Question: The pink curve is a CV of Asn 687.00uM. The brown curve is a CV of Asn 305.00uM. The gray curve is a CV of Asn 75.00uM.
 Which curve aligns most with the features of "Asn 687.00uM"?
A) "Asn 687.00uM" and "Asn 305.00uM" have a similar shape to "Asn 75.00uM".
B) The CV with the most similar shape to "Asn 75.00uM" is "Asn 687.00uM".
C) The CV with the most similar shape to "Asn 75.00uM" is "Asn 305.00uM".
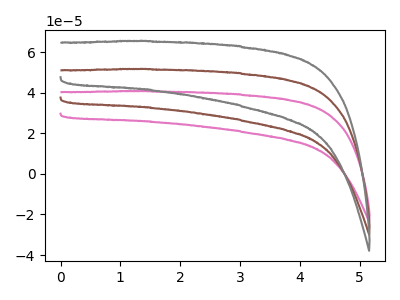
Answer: <think>The pink curve "Asn 687.00uM" has no peaks. The brown curve "Asn 305.00uM" has no peaks. The gray curve "Asn 75.00uM" has no peaks.
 Neither "Asn 687.00uM" or "Asn 305.00uM" have any peaks. Neither "Asn 687.00uM" or "Asn 75.00uM" have any peaks. Neither "Asn 305.00uM" or "Asn 75.00uM" have any peaks.</think>
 <answer>A) "Asn 687.00uM" and "Asn 305.00uM" have a similar shape to "Asn 75.00uM".</answer>
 <eval>A</eval>